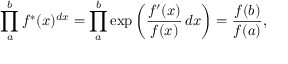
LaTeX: \prod _ { a } ^ { b } f ^ { * } ( x ) ^ { d x } = \prod _ { a } ^ { b } \exp \left( { \frac { f ^ { \prime } ( x ) } { f ( x ) } } \, d x \right) = { \frac { f ( b ) } { f ( a ) } } ,